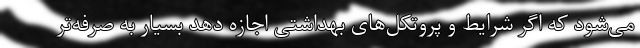
می‌شود که اگر شرایط و پروتکل‌های بهداشتی اجازه دهد بسیار به صرفه‌تر